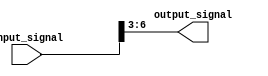
module part_select_assign (
  input [7:0] input_signal, // 8-bit input signal
  output reg [3:0] output_signal // 4-bit output signal
);

  always @* begin
    output_signal = input_signal[6:3]; // Assign bits 6 to 3 of input_signal to output_signal
  end

endmodule